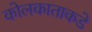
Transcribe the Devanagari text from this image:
कोलकाताकडे